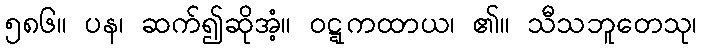
၅၈၆။ ပန၊ ဆက်၍ဆိုအံ့။ ဝဋ္ဋကထာယ၊ ၏။ သီသဘူတေသု၊